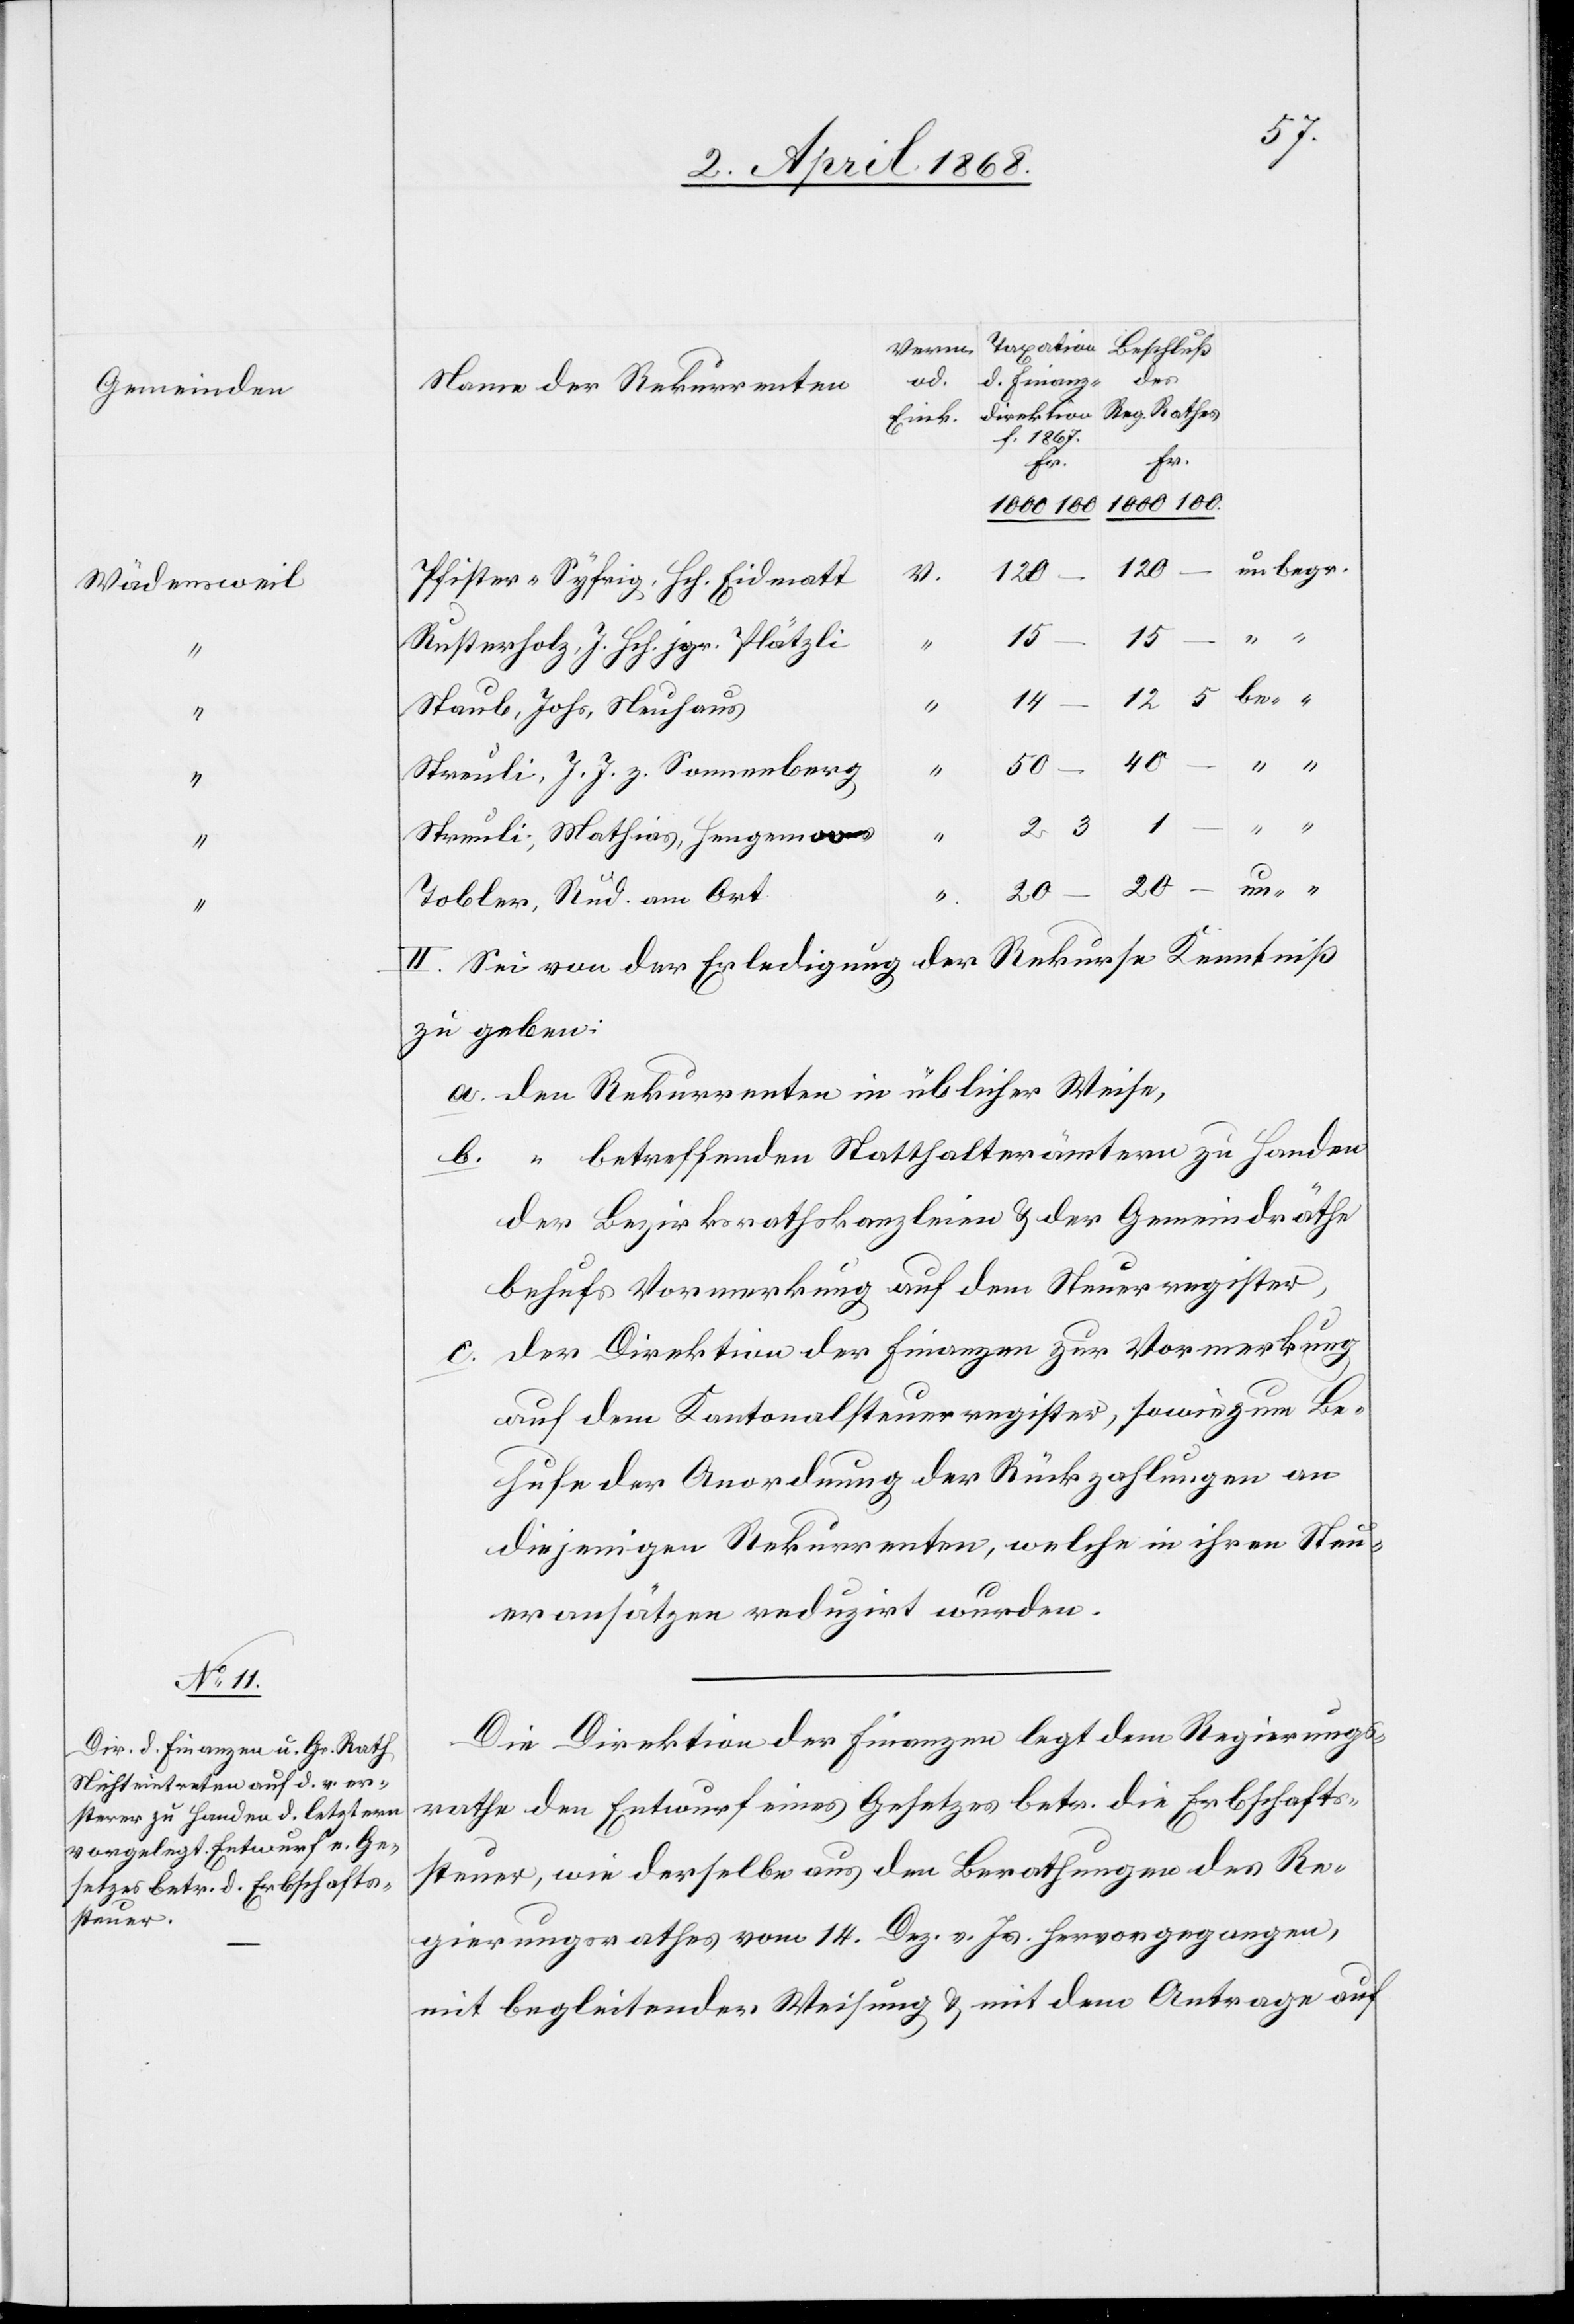
Wädensweil

120
Pfister-Syfrig, Hch. Eidmatt
2
3
1
“
Rusterholz, J. Hch. jgr. Plätzli
14
“
Staub, Johs, Neuhaus
–
40
“
Streuli, J. J. z. Sonnenberg
c.
Streuli, Mathias, Hengemoos
20
un- “
II.
Tobler, Rud. am Ort
2.] Sei von der Erledigung der Rekurse Kenntniß
zu geben.
den Rekurrenten in üblicher Weise,
“ betreffenden Statthalterämtern zu Handen
der Bezirksrathskanzleien & der Gemeindräthe
behufs Vormerkung auf dem Steuerregister,
der Direktion der Finanzen zur Vormerkung
auf dem Kantonalsteuerregister, sowie zum Be¬
hufe der Anordnung der Rückzahlungen an
diejenigen Rekurrenten, welche in ihren Steu¬
eransätzen reduzirt wurden.
Die Direktion der Finanzen legt dem Regierungs¬
rathe den Entwurf eines Gesetzes betr. die Erbschafts¬
steuer, wie derselbe aus den Berathungen des Re¬
gierungsrathes vom 14. Dez. v. Js. hervorgegangen,
mit begleitender Weisung & mit dem Antrage auf